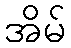
အိမ်